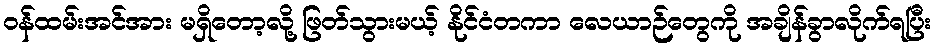
ဝန်ထမ်းအင်အား မရှိတော့လို့ ဖြတ်သွားမယ့် နိုင်ငံတကာ လေယာဉ်တွေကို အချိန်ခွာလိုက်ရပြီး